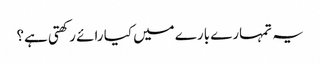
یہ تمہارے بارے میں کیا رائے رکھتی ہے؟